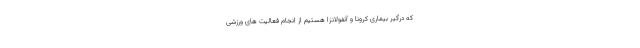
که درگیر بیماری کرونا و آنفولانزا هستیم از انجام فعالیت های ورزشی